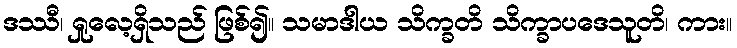
ဒဿီ၊ ရှုလေ့ရှိသည် ဖြစ်၍။ သမာဒါယ သိက္ခတိ သိက္ခာပဒေသူတိ၊ ကား။